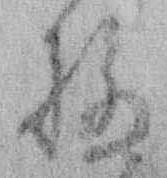
極